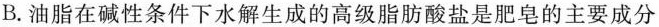
B.油脂在碱性条件下水解生成的高级脂肪酸盐是肥皂的主要成分